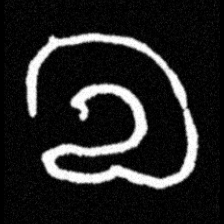
Pyu character \u2014 Myanmar letter: လ (romanized: la)